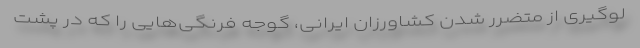
لوگیری از متضرر شدن کشاورزان ایرانی، گوجه فرنگی‌هایی را که در پشت